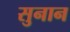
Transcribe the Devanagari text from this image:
सुनान